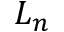
L _ { n }